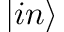
| i n \rangle